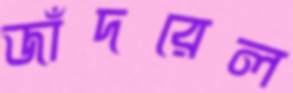
জাঁদরেল